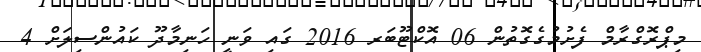
މިޕްރޮގްރާމް ފެށުމުގެގޮތުން 06 އޮކްޓޫބަރ 2016 ގައި ވަނީ ހަނިމާދޫ ކައުންސިލަށް 4